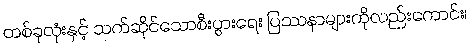
တစ်ခုလုံးနှင့် သက်ဆိုင်သောစီးပွားရေး ပြဿနာများကိုလည်းကောင်း၊